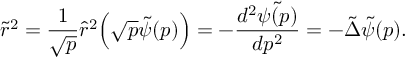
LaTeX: \tilde { r } ^ { 2 } = \frac { 1 } { \sqrt { p } } \hat { r } ^ { 2 } \Bigl ( \sqrt { p } \tilde { \psi } ( p ) \Bigr ) = - \frac { d ^ { 2 } \tilde { \psi ( p ) } } { d p ^ { 2 } } = - \tilde { \Delta } \tilde { \psi } ( p ) .